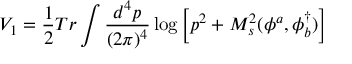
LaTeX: V _ { 1 } = \frac { 1 } { 2 } T r \int \frac { d ^ { 4 } p } { ( 2 \pi ) ^ { 4 } } \log \left[ p ^ { 2 } + M _ { s } ^ { 2 } ( \phi ^ { a } , \phi _ { b } ^ { \dagger } ) \right]